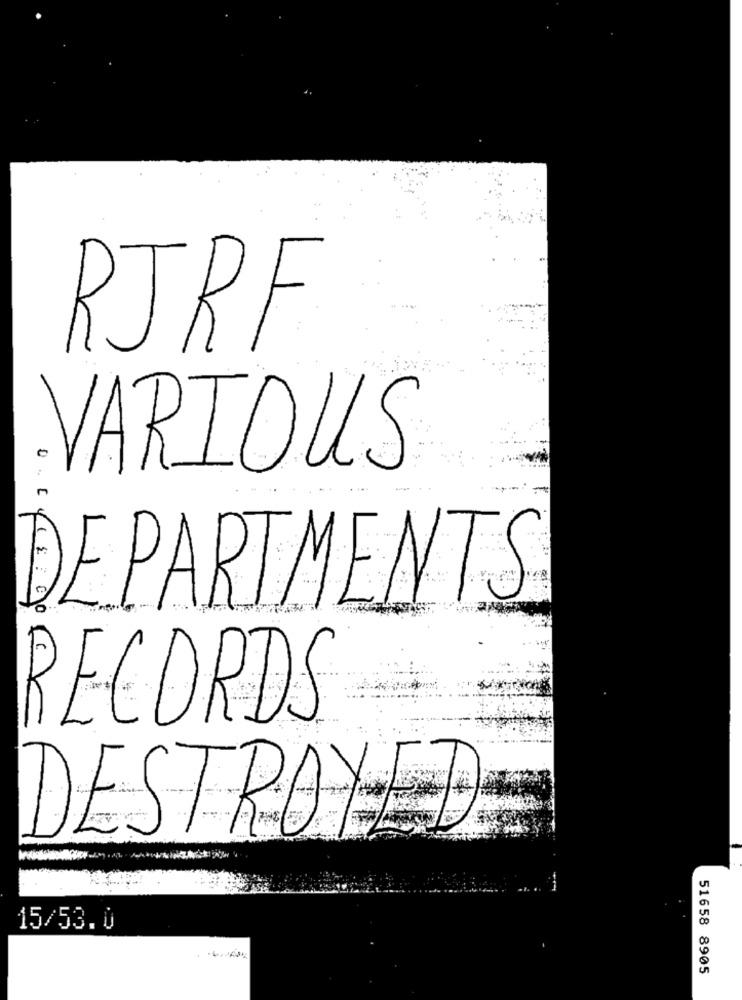
RJRF
VARIOUS
DEPARTMENTS
RECORDS
DESTROYED
15/53.0
51658 8905